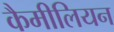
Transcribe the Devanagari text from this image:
कैमीलियन